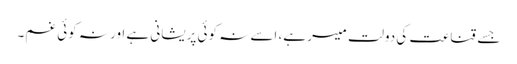
جسے قناعت کی دولت میسر ہے، اسے نہ کوئی پریشانی ہے اور نہ کوئی غم۔